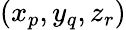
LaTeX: (x_{p},y_{q},z_{r})